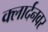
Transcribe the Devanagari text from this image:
क्लार्दनवर